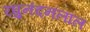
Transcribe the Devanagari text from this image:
रघुनंदनलाल